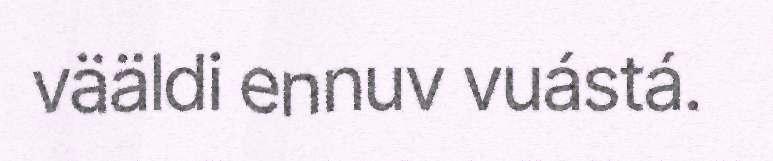
vääldi ennuv vuástá.